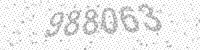
Solution: 988063